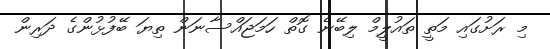
މި ރަށުގައި މަތީ ތައުލީމް ލިބޭނެ ގޮތް ހަމަޖައްސާނަން ތިޔަ ބޭފުޅުންގެ ދަރިން